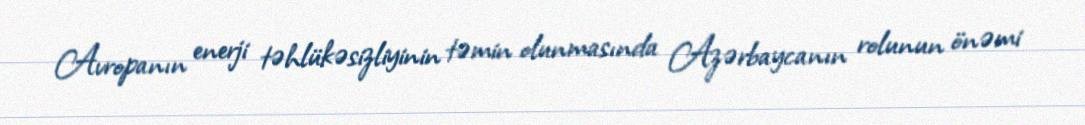
Avropanın enerji təhlükəsizliyinin təmin olunmasında Azərbaycanın rolunun önəmi